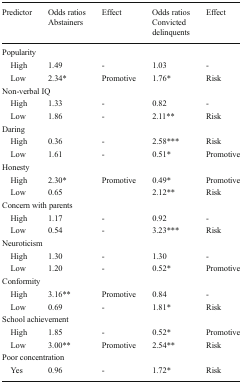
<table><thead><tr><td rowspan="2"><b>Predictor</b></td><td><b>Odds ratios</b></td><td><b>Effect</b></td><td><b>Odds ratios</b></td><td><b>Effect</b></td></tr><tr><td colspan="2"><b>Abstainers</b></td><td colspan="2"><b>Convicted delinquents</b></td></tr></thead><tbody><tr><td colspan="5">Popularity</td></tr><tr><td> High</td><td>1.49</td><td>-</td><td>1.03</td><td>-</td></tr><tr><td> Low</td><td>2.34*</td><td>Promotive</td><td>1.76*</td><td>Risk</td></tr><tr><td colspan="5">Non-verbal IQ</td></tr><tr><td> High</td><td>1.33</td><td>-</td><td>0.82</td><td>-</td></tr><tr><td> Low</td><td>1.86</td><td>-</td><td>2.11**</td><td>Risk</td></tr><tr><td colspan="5">Daring</td></tr><tr><td> High</td><td>0.36</td><td>-</td><td>2.58***</td><td>Risk</td></tr><tr><td> Low</td><td>1.61</td><td>-</td><td>0.51*</td><td>Promotive</td></tr><tr><td colspan="5">Honesty</td></tr><tr><td> High</td><td>2.30*</td><td>Promotive</td><td>0.49*</td><td>Promotive</td></tr><tr><td> Low</td><td>0.65</td><td></td><td>2.12**</td><td>Risk</td></tr><tr><td colspan="5">Concern with parents</td></tr><tr><td> High</td><td>1.17</td><td>-</td><td>0.92</td><td>-</td></tr><tr><td> Low</td><td>0.54</td><td>-</td><td>3.23***</td><td>Risk</td></tr><tr><td colspan="5">Neuroticism</td></tr><tr><td> High</td><td>1.30</td><td>-</td><td>1.30</td><td>-</td></tr><tr><td> Low</td><td>1.20</td><td>-</td><td>0.52*</td><td>Promotive</td></tr><tr><td colspan="5">Conformity</td></tr><tr><td> High</td><td>3.16**</td><td>Promotive</td><td>0.84</td><td>-</td></tr><tr><td> Low</td><td>0.69</td><td>-</td><td>1.81*</td><td>Risk</td></tr><tr><td colspan="5">School achievement</td></tr><tr><td> High</td><td>1.85</td><td>-</td><td>0.52*</td><td>Promotive</td></tr><tr><td> Low</td><td>3.00**</td><td>Promotive</td><td>2.54**</td><td>Risk</td></tr><tr><td colspan="5">Poor concentration</td></tr><tr><td> Yes</td><td>0.96</td><td>-</td><td>1.72*</td><td>Risk</td></tr></tbody></table>